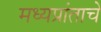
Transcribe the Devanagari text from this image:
मध्यप्रांताचे